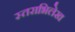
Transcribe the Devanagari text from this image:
स्तराभिलेख